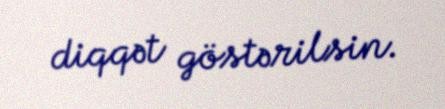
diqqət göstərilsin.